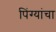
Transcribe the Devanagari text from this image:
पिंग्यांचा